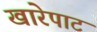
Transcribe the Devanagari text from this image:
खारेपाट